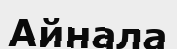
Айнала